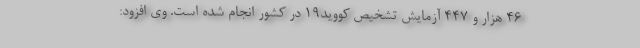
۴۶ هزار و ۴۴۷ آزمایش تشخیص کووید۱۹ در کشور انجام شده است. وی افزود: